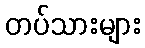
တပ်သားများ